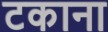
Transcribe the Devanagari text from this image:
टकाना